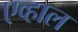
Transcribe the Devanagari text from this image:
एव्हाल